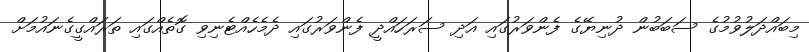
މިބައްދަލުވުމުގެ ސަބަބުން ދުނިޔޭގެ ފެންވަރުގައި އަދި ސަރަހައްދީ ފެންވަރުގައި ދެމެހެއްޓެނިވި ގޮތެއްގައި ތަރައްގީގެނައުމަށް